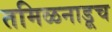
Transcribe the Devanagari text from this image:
तमिळनाडूच